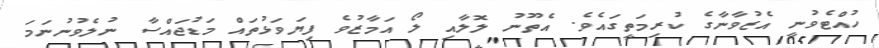
ހުއްޓެވުނީ އެޒުވާނާގެ ކުރިމަތީގައެވެ. އެތޫނު ލޮލާއި ލޯ އަމާޒުވެ ފިޔަވަޅުތައް މަޑުޖައްސާ ނުލެވުނުނަމަ